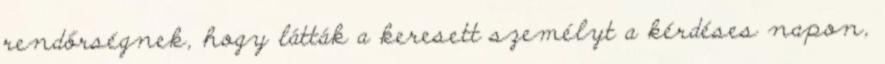
rendőrségnek, hogy látták a keresett személyt a kérdéses napon,